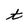
Character: t